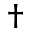
^ { \dag }